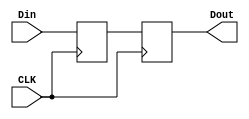
module Delay(
    input [31:0] Din,
    output [31:0] Dout,
	 input CLK
);

reg [31:0]tmp_out [1:0];
reg CE;

always @(posedge CLK)
begin
	tmp_out[0] <= Din;
	tmp_out[1] <= tmp_out[0];
end

assign Dout = tmp_out[1];

endmodule